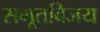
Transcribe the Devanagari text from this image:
सभूतविजय